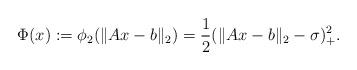
LaTeX: \begin{align*}\Phi(x):=\phi_2(\|Ax-b\|_2)=\frac{1}{2}(\|Ax-b\|_2-\sigma)_+^2.\end{align*}